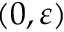
( 0 , \varepsilon )